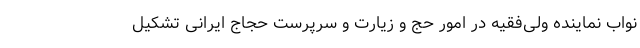
نواب نماینده ولی‌فقیه در امور حج و زیارت و سرپرست حجاج ایرانی تشکیل